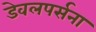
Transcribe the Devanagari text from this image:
डेवलपर्सना